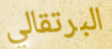
البرتقالي